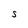
Character: S